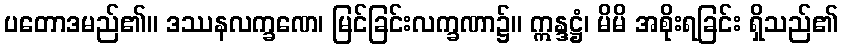
ပတောဒမည်၏။ ဒဿနလက္ခဏေ၊ မြင်ခြင်းလက္ခဏာ၌။ ဣန္ဒဋ္ဌံ၊ မိမိ အစိုးရခြင်း ရှိသည်၏